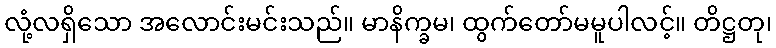
လုံ့လရှိသော အလောင်းမင်းသည်။ မာနိက္ခမ၊ ထွက်တော်မမူပါလင့်။ တိဋ္ဌတု၊